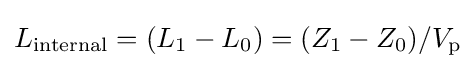
L_{\mathrm {internal} }=(L_{1}-L_{0})=(Z_{1}-Z_{0})/V_{\mathrm {p} }